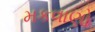
મકવાણો